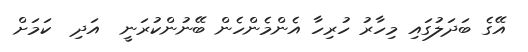
އޭގެ ބަދަލުގައި މިހާރު ހުރިހާ އެންމެންހެން ބޭނުންކުރަނީ  އަދި  ކަމަށް